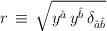
LaTeX: \begin{align*}r \, \equiv \, \sqrt{ y^{\hat a} \, y^{\hat b} \, \delta_{{\hat a}{\hat b}} }\end{align*}